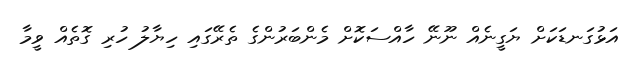
އަޅުގަނޑަކަށް ޔަގީނެއް ނޫނޭ ހާއްސަކޮށް މެންބަރުންގެ ތެރޭގައި ހިޔާލު ހުރި ގޮތެއް ވީމާ